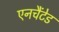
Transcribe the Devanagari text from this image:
एनचैंटेड